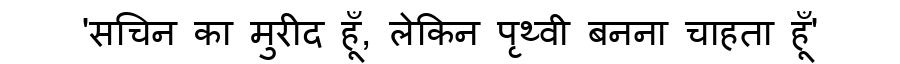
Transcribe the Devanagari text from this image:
'सचिन का मुरीद हूँ, लेकिन पृथ्वी बनना चाहता हूँ'